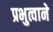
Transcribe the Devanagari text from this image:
प्रभुत्वाने